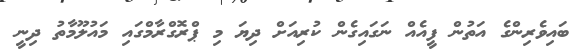
ބައިވެރިންގެ އަތުން ފީއެއް ނަގައިގެން ކުރިއަށް ދިޔަ މި ޕްރޮގްރާމްގައި މައުލޫމާތު ދިނީ